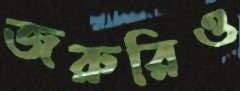
জরুরিও